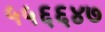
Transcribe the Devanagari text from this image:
५५६६४७